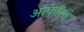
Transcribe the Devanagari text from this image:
आफौंसो